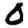
Digit: 0